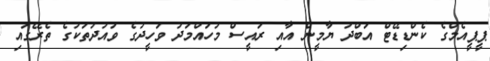
ޕީޕީއެމްގެ ކެންޑިޑޭޓް އަބްދު ޔާމީން އާއި ރައީސް މުހައްމަދު ވަހީދުގެ ވައުދުތަކުގެ ތެރޭގައި